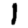
Digit: 1